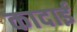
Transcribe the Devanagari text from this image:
कादाई